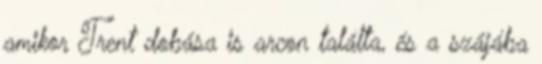
amikor Trent dobása is arcon találta, és a szájába